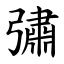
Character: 彇